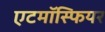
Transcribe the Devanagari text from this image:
एटमॉस्फियर